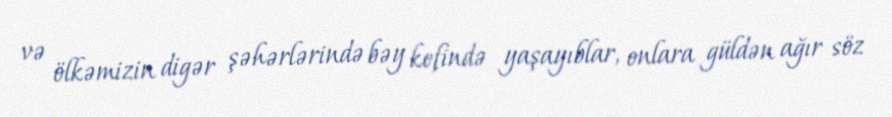
və ölkəmizin digər şəhərlərində bəy kefində yaşayıblar, onlara güldən ağır söz